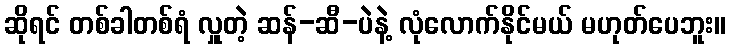
ဆိုရင် တစ်ခါတစ်ရံ လှူတဲ့ ဆန်-ဆီ-ပဲနဲ့ လုံလောက်နိုင်မယ် မဟုတ်ပေဘူး။